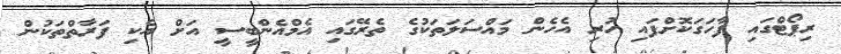
ރިޕޯޓްގައި ފާހަގަކޮށްފައި ހުރި އެހެން މައްސަލަތަކުގެ ތެރޭގައި އެމްއެންބީސީ އަށް އެކި ފަރާތްތަކުން